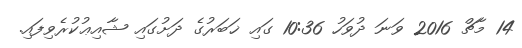
14 މާޗް 2016 ވަނަ ދުވަހު 10:36 ގައި ޚަބަރުގެ ދަށުގައި ޝާއިޢުކުރެވިފައި.